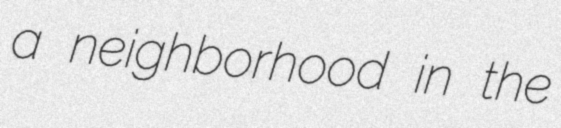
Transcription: a neighborhood in the